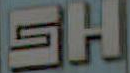
SH